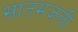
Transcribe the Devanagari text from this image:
सातमजली